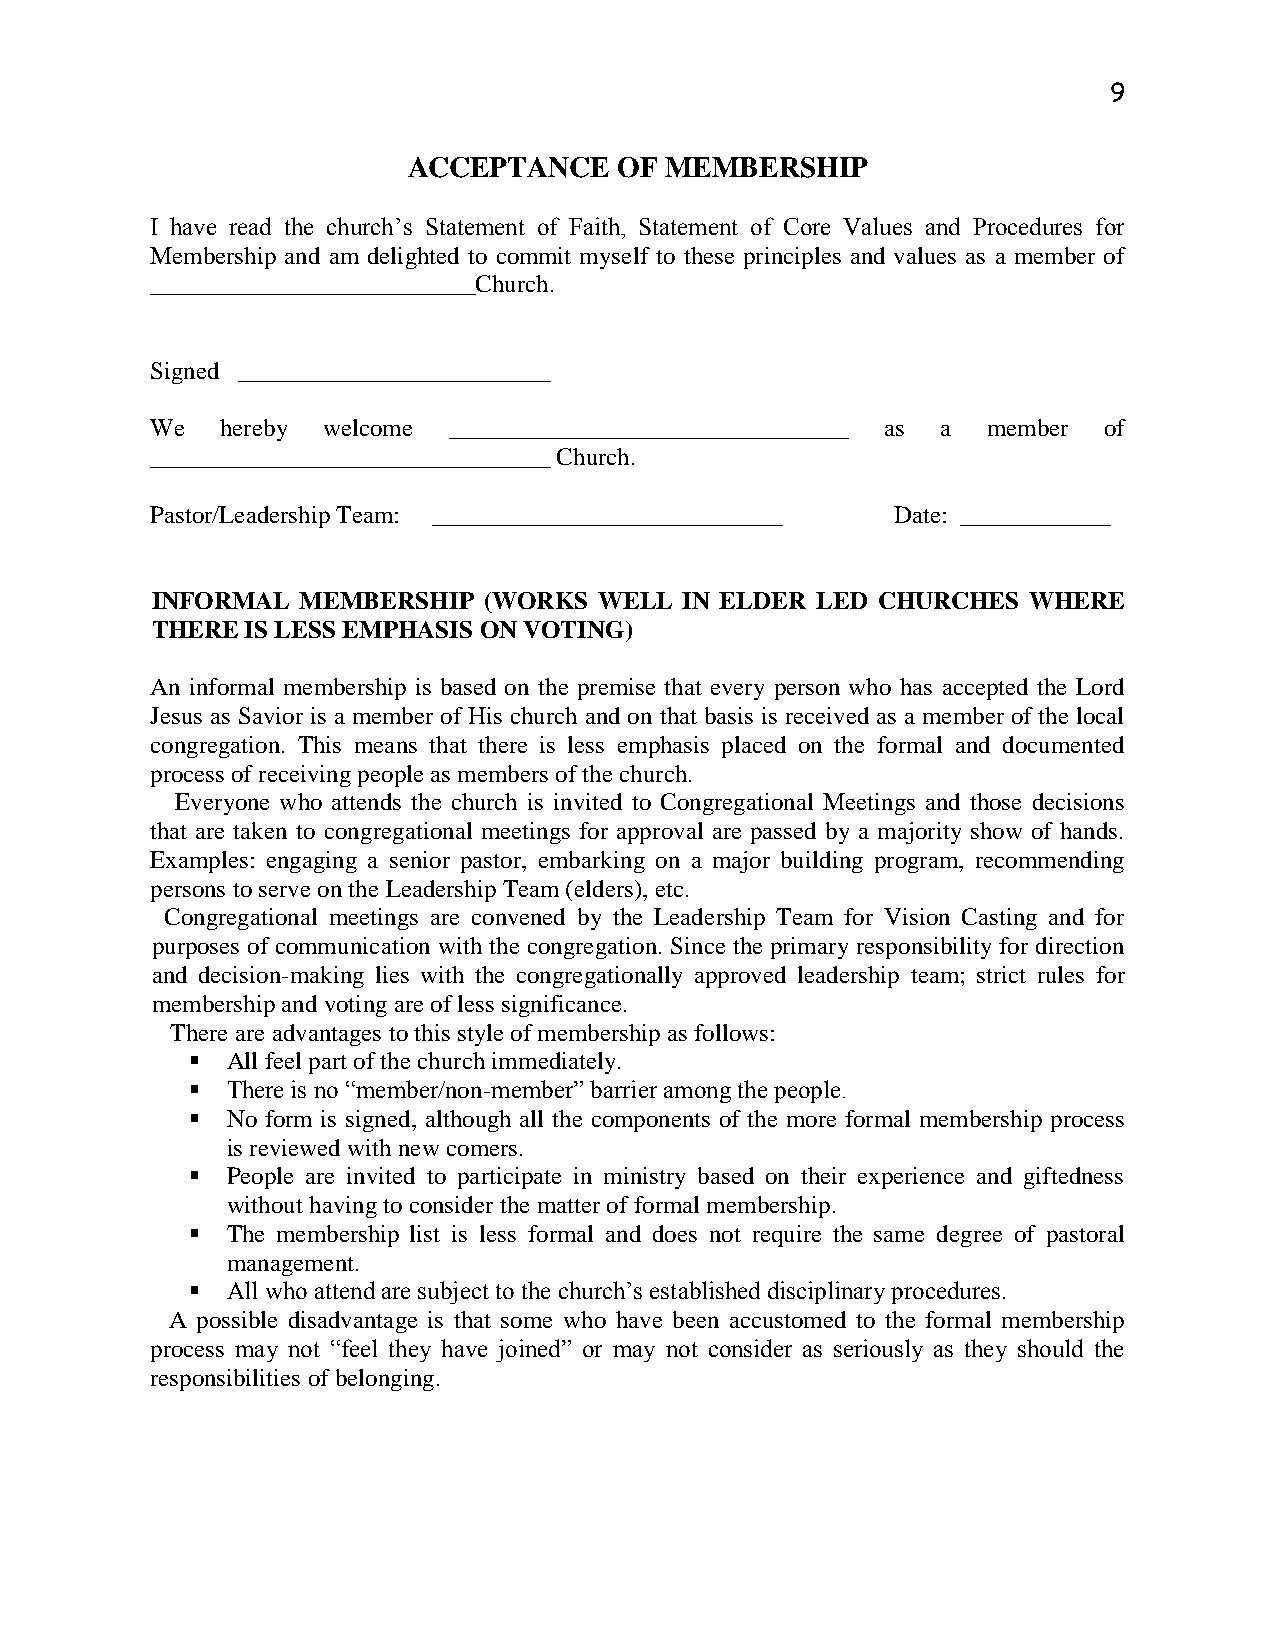
9
 ACCEPTANCE    OF MEMBERSHIP
 I have read the church’s Statement of Faith, Statement of Core Values and Procedures for
 Membership and am delighted to commit myself to these principles and values as a member of
 __________________________Church.
 Signed _________________________
 We   hereby welcome ________________________________ as a member of
 ________________________________ Church.
 Pastor/Leadership Team: ____________________________ Date: ____________
 INFORMAL  MEMBERSHIP  (WORKS  WELL IN ELDER LED CHURCHES  WHERE
 THERE IS LESS EMPHASIS ON VOTING)
 An informal membership is based on the premise that every person who has accepted the Lord
 Jesus as Savior is a member of His church and on that basis is received as a member of the local
 congregation. This means that there is less emphasis placed on the formal and documented
 process of receiving people as members of the church.
 Everyone who attends the church is invited to Congregational Meetings and those decisions
 that are taken to congregational meetings for approval are passed by a majority show of hands.
 Examples: engaging a senior pastor, embarking on a major building program, recommending
 persons to serve on the Leadership Team (elders), etc.
 Congregational meetings are convened by the Leadership Team for Vision Casting and for
 purposes of communication with the congregation. Since the primary responsibility for direction
 and decision-making lies with the congregationally approved leadership team; strict rules for
 membership and voting are of less significance.
 There are advantages to this style of membership as follows:
  All feel part of the church immediately.
  There is no “member/non-member” barrier among the people.
  No form is signed, although all the components of the more formal membership process
 is reviewed with new comers.
  People are invited to participate in ministry based on their experience and giftedness
 without having to consider the matter of formal membership.
  The membership list is less formal and does not require the same degree of pastoral
 management.
  All who attend are subject to the church’s established disciplinary procedures.
 A possible disadvantage is that some who have been accustomed to the formal membership
 process may not “feel they have joined” or may not consider as seriously as they should the
 responsibilities of belonging.